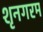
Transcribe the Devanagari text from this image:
शृनगरम